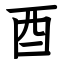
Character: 酉